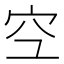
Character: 𫞹